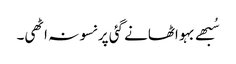
سُبھے بہو اٹھانے گئی پر نسو نہ اٹھی۔